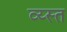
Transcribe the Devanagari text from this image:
व्य्स्त